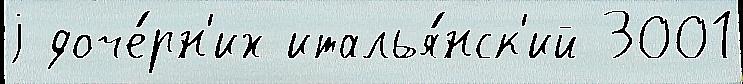
j доче́рн'их италья́нск'ий 3001